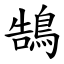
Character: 鵠